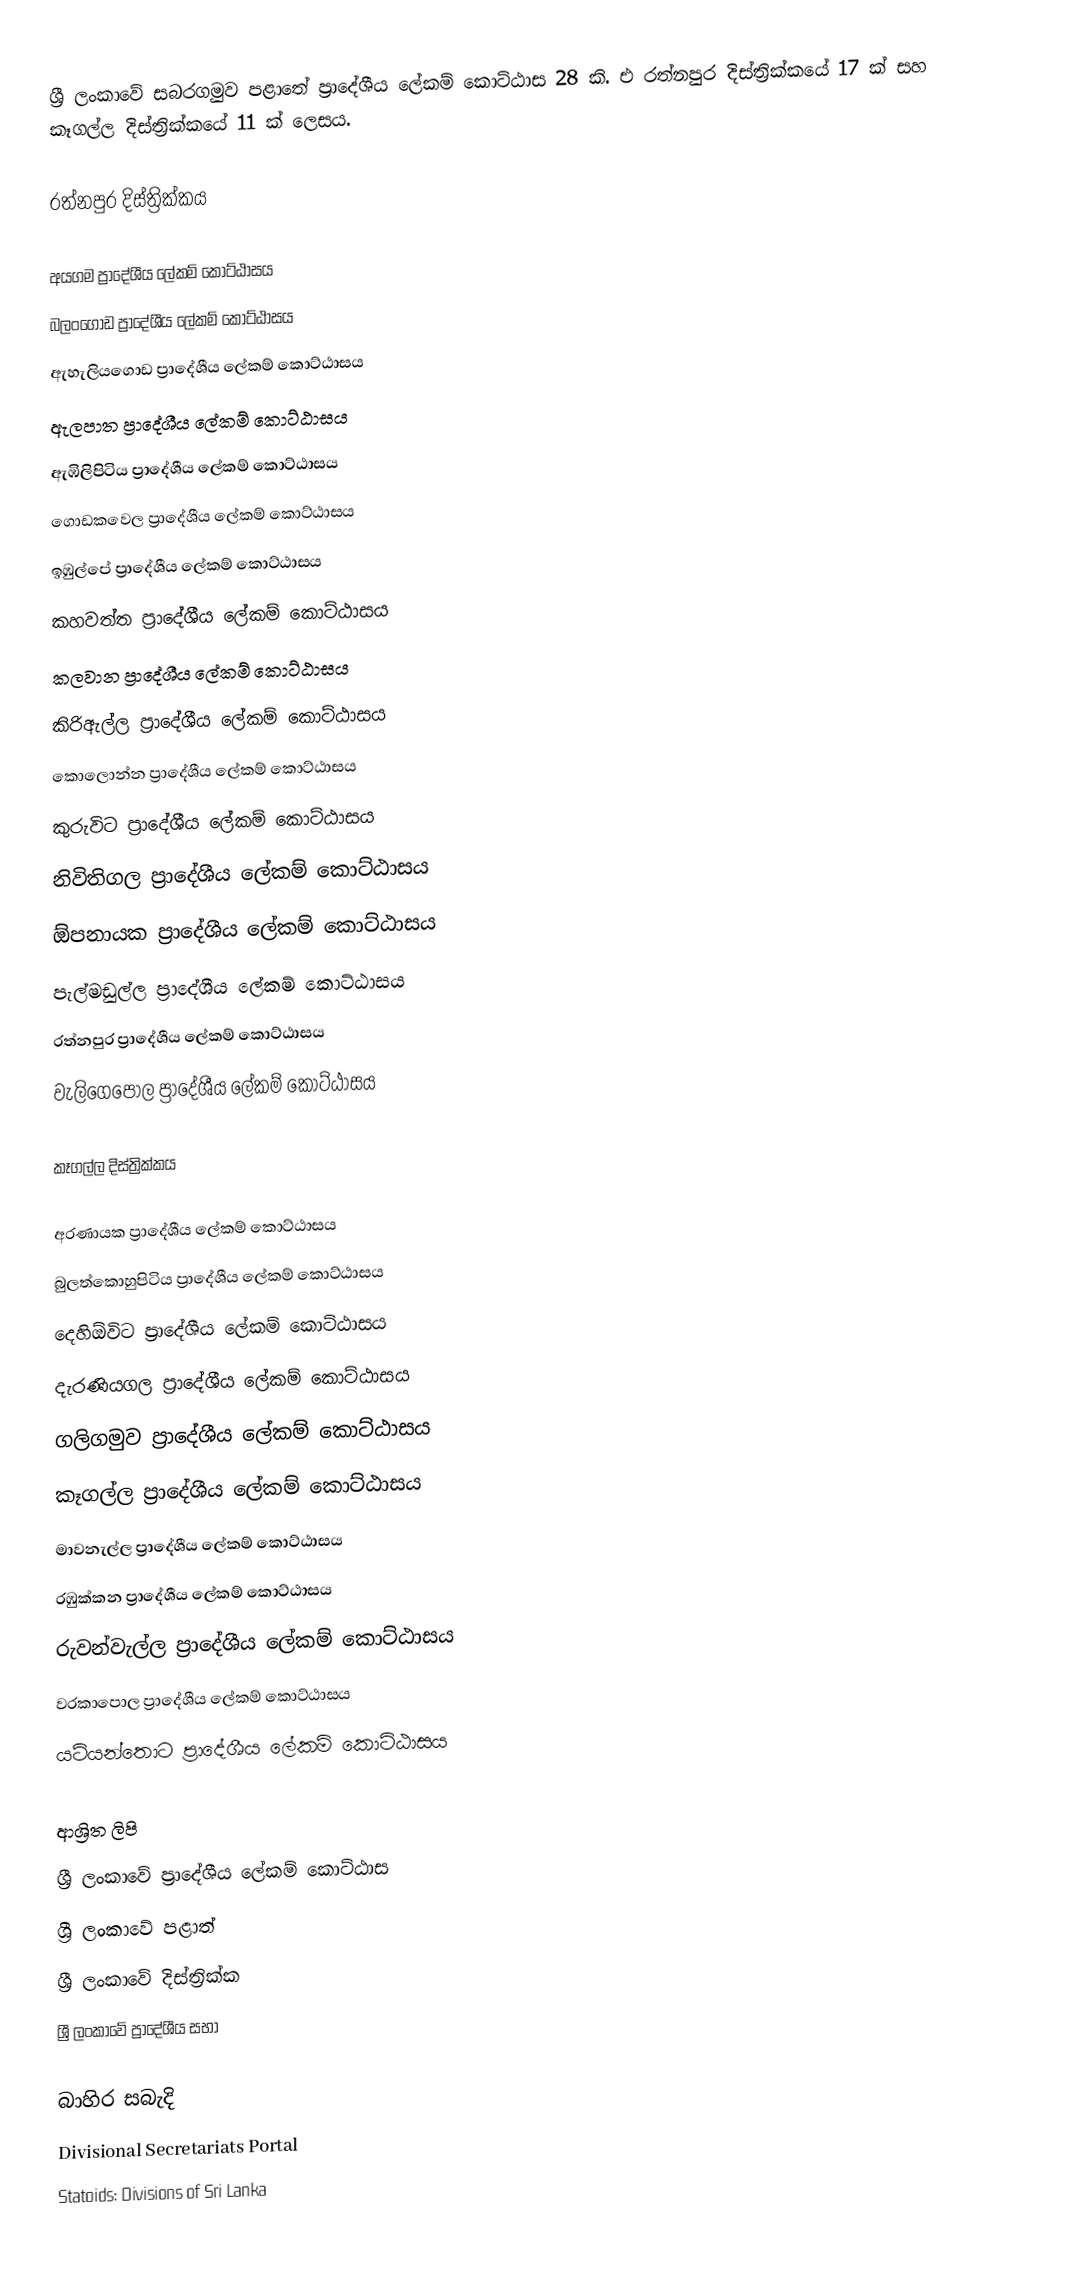
ශ්‍රී ලංකාවේ සබරගමුව පළාතේ ප්‍රාදේශීය ලේකම් කොට්ඨාස 28 කි. එ රත්නපුර දිස්ත්‍රික්කයේ 17 ක් සහ කෑගල්ල දිස්ත්‍රික්කයේ 11 ක් ලෙසය.

රත්නපුර දිස්ත්‍රික්කය

 අයගම ප්‍රාදේශීය ලේකම් කොට්ඨාසය
 බලංගොඩ ප්‍රාදේශීය ලේකම් කොට්ඨාසය
 ඇහැලියගොඩ ප්‍රාදේශීය ලේකම් කොට්ඨාසය
 ඇලපාත ප්‍රාදේශීය ලේකම් කොට්ඨාසය
 ඇඹිලිපිටිය ප්‍රාදේශීය ලේකම් කොට්ඨාසය
 ගොඩකවෙල ප්‍රාදේශීය ලේකම් කොට්ඨාසය
 ඉඹුල්පේ ප්‍රාදේශීය ලේකම් කොට්ඨාසය
 කහවත්ත ප්‍රාදේශීය ලේකම් කොට්ඨාසය
 කලවාන ප්‍රාදේශීය ලේකම් කොට්ඨාසය
 කිරිඇල්ල ප්‍රාදේශීය ලේකම් කොට්ඨාසය
 කොලොන්න ප්‍රාදේශීය ලේකම් කොට්ඨාසය
 කුරුවිට ප්‍රාදේශීය ලේකම් කොට්ඨාසය
 නිවිතිගල ප්‍රාදේශීය ලේකම් කොට්ඨාසය
 ඕපනායක ප්‍රාදේශීය ලේකම් කොට්ඨාසය
 පැල්මඩුල්ල ප්‍රාදේශීය ලේකම් කොට්ඨාසය
 රත්නපුර ප්‍රාදේශීය ලේකම් කොට්ඨාසය
 වැලිගෙපොල ප්‍රාදේශීය ලේකම් කොට්ඨාසය

කෑගල්ල දිස්ත්‍රික්කය

 අරණායක ප්‍රාදේශීය ලේකම් කොට්ඨාසය
 බුලත්කොහුපිටිය ප්‍රාදේශීය ලේකම් කොට්ඨාසය
 දෙහිඕවිට ප්‍රාදේශීය ලේකම් කොට්ඨාසය
 දැරණියගල ප්‍රාදේශීය ලේකම් කොට්ඨාසය
 ගලිගමුව ප්‍රාදේශීය ලේකම් කොට්ඨාසය
 කෑගල්ල ප්‍රාදේශීය ලේකම් කොට්ඨාසය
 මාවනැල්ල ප්‍රාදේශීය ලේකම් කොට්ඨාසය
 රඹුක්කන ප්‍රාදේශීය ලේකම් කොට්ඨාසය
 රුවන්වැල්ල ප්‍රාදේශීය ලේකම් කොට්ඨාසය
 වරකාපොල ප්‍රාදේශීය ලේකම් කොට්ඨාසය
 යටියන්තොට ප්‍රාදේශීය ලේකම් කොට්ඨාසය

ආශ්‍රිත ලිපි
 ශ්‍රී ලංකාවේ ප්‍රාදේශීය ලේකම් කොට්ඨාස
 ශ්‍රී ලංකාවේ පළාත්
 ශ්‍රී ලංකාවේ දිස්ත්‍රික්ක
 ශ්‍රී ලංකාවේ ප්‍රාදේශීය සභා

බාහිර සබැදි
 Divisional Secretariats Portal
 Statoids: Divisions of Sri Lanka